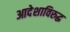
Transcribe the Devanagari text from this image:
आदेशाविरुद्ध